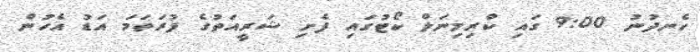
ހެނދުނު 9:00 ގައި ކްރިމިނަލް ކޯޓުގައި ފެށި ޝަރީއަތުގެ ފުރަތަމަ އަޑު އެހުން